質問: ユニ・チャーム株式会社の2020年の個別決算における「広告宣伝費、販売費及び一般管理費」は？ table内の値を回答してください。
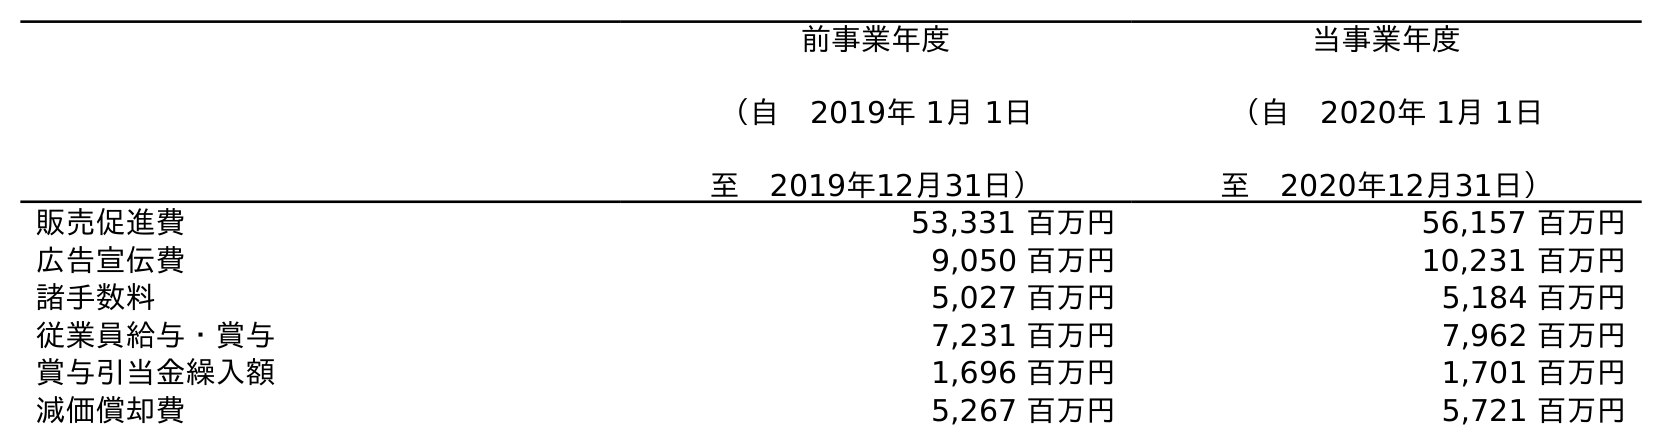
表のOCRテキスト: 前事業年度 （自 2019年 1月 1日 至 2019年12月31日） 当事業年度 （自 2020年 1月 1日 至 2020年12月31日） 販売促進費 53,331 百万円 56,157 百万円 広告宣伝費 9,050 百万円 10,231 百万円 諸手数料 5,027 百万円 5,184 百万円 従業員給与・賞与 7,231 百万円 7,962 百万円 賞与引当金繰入額 1,696 百万円 1,701 百万円 減価償却費 5,267 百万円 5,721 百万円
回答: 10,231百万円